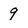
Character: 9